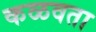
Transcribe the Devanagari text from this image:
कळवता